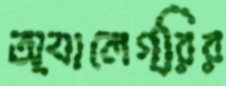
অ্যালেগ্রির